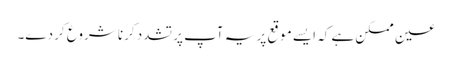
عین ممکن ہے کہ ایسے موقع پر یہ آپ پر تشدد کرنا شروع کر دے۔